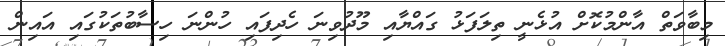
މިބާވަތް އާންމުކޮށް އުޅެނީ ތިލަފަޅު ގައްޔާއި މޫދުވިނަ ހެދިފައި ހުންނަ ހިސާބުތަކުގައި އައިން